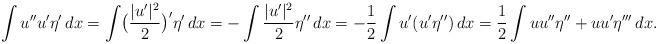
LaTeX: \begin{align*}\int u'' u' \eta' \, dx = \int \bigl(\frac{|u'|^2}{2}\bigr)' \eta'\, dx= - \int \frac{|u'|^2}{2} \eta'' \,dx= -\frac{1}{2} \int u' (u' \eta'')\, dx= \frac{1}{2} \int u u'' \eta''+ u u' \eta''' \,dx.\end{align*}